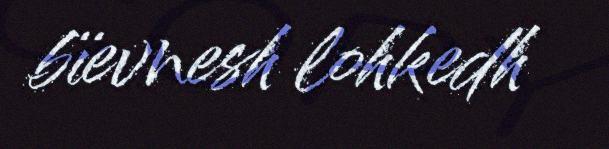
bïevnesh lohkedh